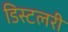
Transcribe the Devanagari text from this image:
डिस्टलरी